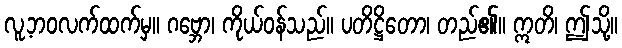
လူ့ဘဝလက်ထက်မှ။ ဂဗ္ဘော၊ ကိုယ်ဝန်သည်။ ပတိဋ္ဌိတော၊ တည်၏။ ဣတိ၊ ဤသို့။